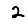
Digit: 2